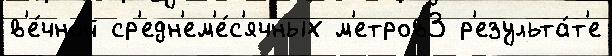
в'е́чной ср'едн'ем'е́с'ячных м'етров3 р'езульта́т'е